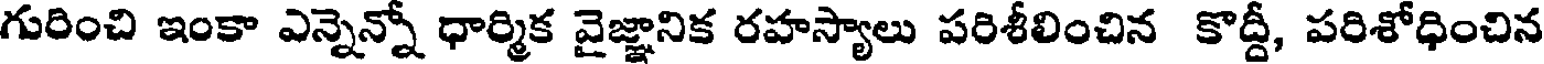
గురించి ఇంకా ఎన్నెన్నో ధార్మిక వైజ్ఞానిక రహస్యాలు పరిశీలించిన కొద్దీ, పరిశోధించిన